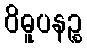
ဝိဓူပနဉ္စ